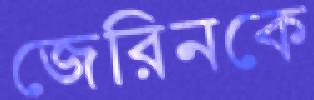
জেরিনকে